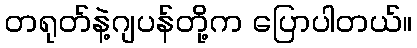
တရုတ်နဲ့ဂျပန်တို့က ပြောပါတယ်။